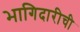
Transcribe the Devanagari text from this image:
भागिदारीची